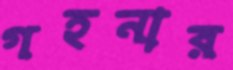
গহনার